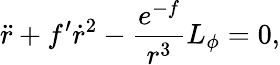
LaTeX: \ddot{r}+f^{\prime}\dot{r}^{2}-\frac{e^{-f}}{r^{3}}L_{\phi}=0,